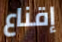
إقناع